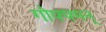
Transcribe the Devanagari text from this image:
गोफ्फ्मन्